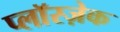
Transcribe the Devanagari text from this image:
प्लाॅस्ज़ेक